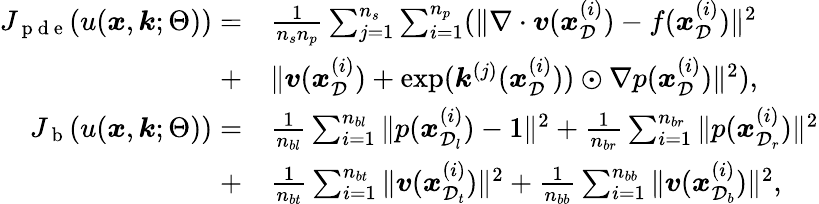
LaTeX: \begin{array}{rl}{J_{\mathrm{~p~d~e~}}(u(\boldsymbol{x},\boldsymbol{k};\Theta))=}&{{}\frac{1}{n_{s}n_{p}}\sum_{j=1}^{n_{s}}\sum_{i=1}^{n_{p}}(\| \nabla\cdot\boldsymbol{v}(\boldsymbol{x}_{\mathcal{D}}^{(i)})-f(\boldsymbol{x}_{\mathcal{D}}^{(i)})\| ^{2}}\\ {+}&{{}\| \boldsymbol{v}(\boldsymbol{x}_{\mathcal{D}}^{(i)})+\exp(\boldsymbol{k}^{(j)}(\boldsymbol{x}_{\mathcal{D}}^{(i)}))\odot\nabla p(\boldsymbol{x}_{\mathcal{D}}^{(i)})\| ^{2}),}\\ {J_{\mathrm{~b~}}(u(\boldsymbol{x},\boldsymbol{k};\Theta))=}&{{}\frac{1}{n_{bl}}\sum_{i=1}^{n_{bl}}\| p(\boldsymbol{x}_{\mathcal{D}_{l}}^{(i)})-1\| ^{2}+\frac{1}{n_{br}}\sum_{i=1}^{n_{br}}\| p(\boldsymbol{x}_{\mathcal{D}_{r}}^{(i)})\| ^{2}}\\ {+}&{{}\frac{1}{n_{bt}}\sum_{i=1}^{n_{bt}}\| \boldsymbol{v}(\boldsymbol{x}_{\mathcal{D}_{t}}^{(i)})\| ^{2}+\frac{1}{n_{bb}}\sum_{i=1}^{n_{bb}}\| \boldsymbol{v}(\boldsymbol{x}_{\mathcal{D}_{b}}^{(i)})\| ^{2},}\end{array}